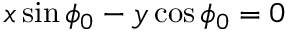
x \sin \phi _ { 0 } - y \cos \phi _ { 0 } = 0